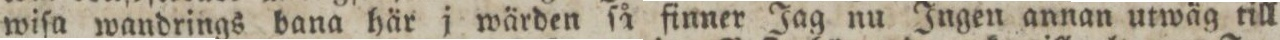
wiſa wandrings bana här j wärden ſå finner Jag nu Ingen annan utwäg till